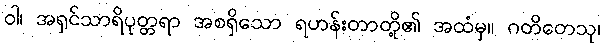
ဝါ၊ အရှင်သာရိပုတ္တရာ အစရှိသော ရဟန်းတာတို့၏ အထံမှ။ ဂတိတေသု၊